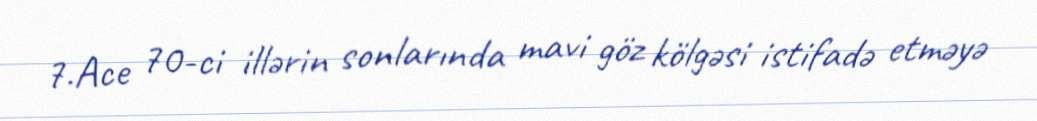
7.Ace 70-ci illərin sonlarında mavi göz kölgəsi istifadə etməyə